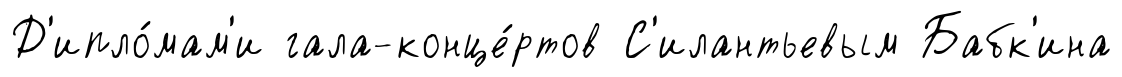
Д'ипло́мам'и гала-конце́ртов С'илантьевым Бабк'ина